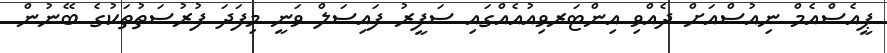
ޕީއެސްއެމް ނިއުސްއަށް ދެއްވި އިންޓަރވިއުއެއްގައި ސަފީރު ފައިސަލް ވަނީ މިފަދަ ފުރުސަތުތަކުގެ ބޭނުން